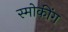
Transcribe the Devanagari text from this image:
स्मोकींग